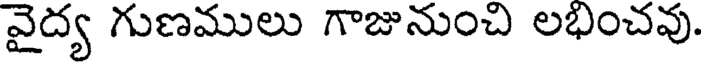
వైద్య గుణములు గాజునుంచి లభించవు.